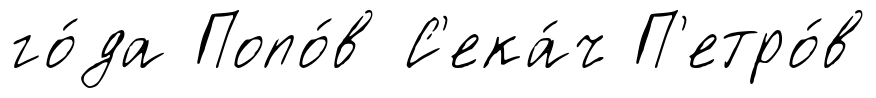
го́да Попо́в С'ека́ч П'етро́в